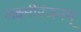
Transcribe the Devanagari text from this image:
लक्ष्मीरंजनम्